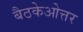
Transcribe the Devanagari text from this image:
बैठकेओत्तर